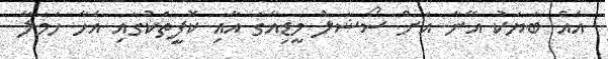
އެއް ބަޔަކު އޭނާ އަަށް ސޯޝަލް މީޑިއާގަ އާއި ކޮފީތަކުގައި އެހާ ހަމަލާ